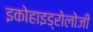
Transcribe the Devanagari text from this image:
इकोहाइड्रोलोजी